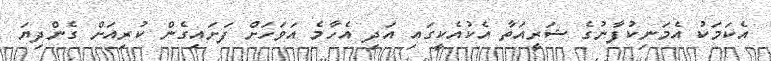
އެކަމަކު އެމަނިކުފާނުގެ ޝަރީއަތާ އެކުއެކީގައި އަދި އެހާމެ އަވަހަށް ފަށައިގެން ކުރިއަށް ގެންދިޔަ